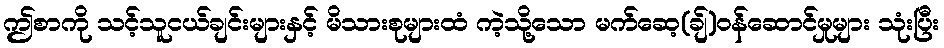
ဤစာကို သင့်သူငယ်ချင်းများနှင့် မိသားစုများထံ ကဲ့သို့သော မက်ဆေ့(ချ်)ဝန်ဆောင်မှုများ သုံးပြီး